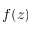
f ( z )